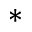
*